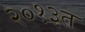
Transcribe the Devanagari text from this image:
२०१३त